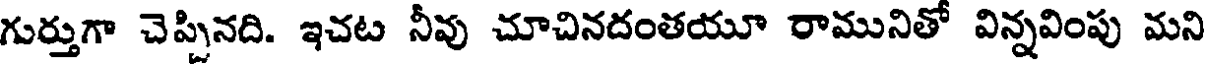
గుర్తుగా చెప్పినది. ఇచట నీవు చూచినదంతయూ రామునితో విన్నవింపు మని